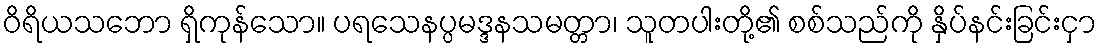
ဝိရိယသဘော ရှိကုန်သော။ ပရသေနပ္ပမဒ္ဒနသမတ္တာ၊ သူတပါးတို့၏ စစ်သည်ကို နှိပ်နင်းခြင်းငှာ